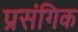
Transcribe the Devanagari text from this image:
प्रसंगिक